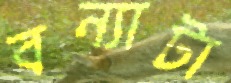
বন্যাটা